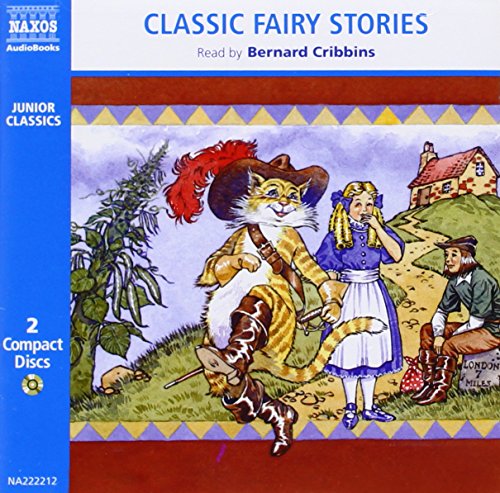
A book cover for Classic Fairy Stories (Classic Literature With Classical Music. Junior Classics); Literature & Fiction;